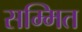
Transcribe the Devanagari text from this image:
सम्मित